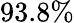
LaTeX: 93.8\%